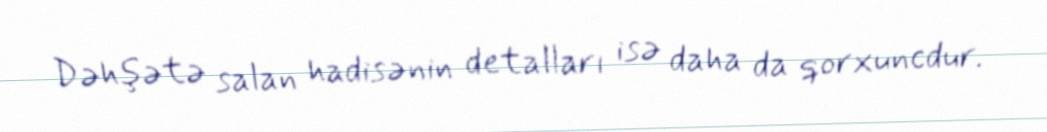
Dəhşətə salan hadisənin detalları isə daha da qorxuncdur.